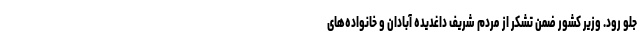
جلو رود. وزیر کشور ضمن تشکر از مردم شریف داغدیده آبادان و خانواده‌های